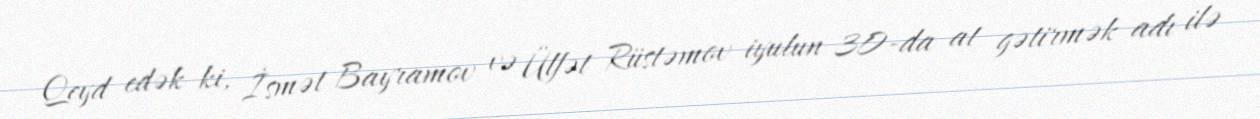
Qeyd edək ki, İsmət Bayramov və Ülfət Rüstəmov iyulun 30-da at gətirmək adı ilə